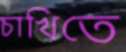
চাখিতে